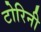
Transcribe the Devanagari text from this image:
टोरिनी